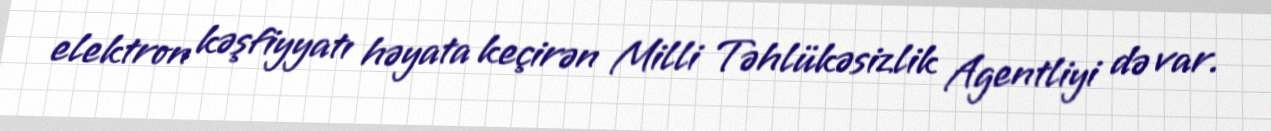
elektron kəşfiyyatı həyata keçirən Milli Təhlükəsizlik Agentliyi də var.